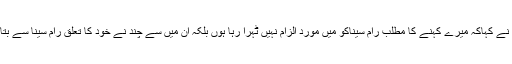
انہو ں نے کہاکہ میرے کہنے کا مطلب رام سیناکو میں مورد الزام نہیں ٹہرا رہا ہوں بلکہ ان میں سے چند نے خود کا تعلق رام سینا سے بتایا ہے۔